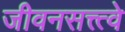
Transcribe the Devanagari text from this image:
जीवनसत्त्त्वे